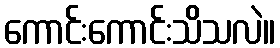
ကောင်းကောင်းသိသလဲ။